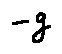
- g